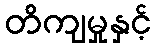
တိကျမှုနှင့်